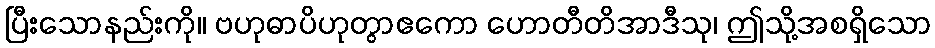
ပြီးသောနည်းကို။ ဗဟုဓာပိဟုတွာဧကော ဟောတီတိအာဒီသု၊ ဤသို့အစရှိသော